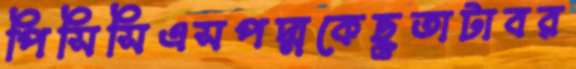
পিসিসিএসপদ্মকেছুতাটাবর